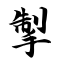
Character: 掣